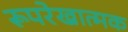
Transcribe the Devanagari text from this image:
रूपरेखात्मक